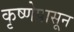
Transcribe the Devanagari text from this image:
कृष्णेपासून